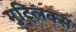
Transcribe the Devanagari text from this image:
मुट्लिक्स